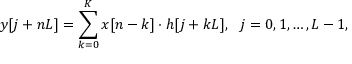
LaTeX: y [ j + n L ] = \sum _ { k = 0 } ^ { K } x [ n - k ] \cdot h [ j + k L ] , \ \ j = 0 , 1 , \ldots , L - 1 ,